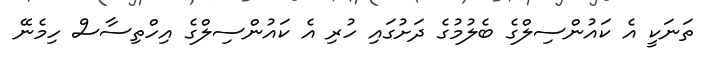
ތަނަކީ އެ ކައުންސިލްގެ ބެލުމުގެ ދަށުގައި ހުރި އެ ކައުންސިލްގެ އިހްތިސާސް ހިމެނޭ